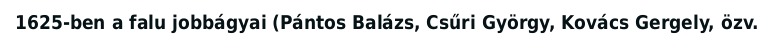
1625-ben a falu jobbágyai (Pántos Balázs, Csűri György, Kovács Gergely, özv.